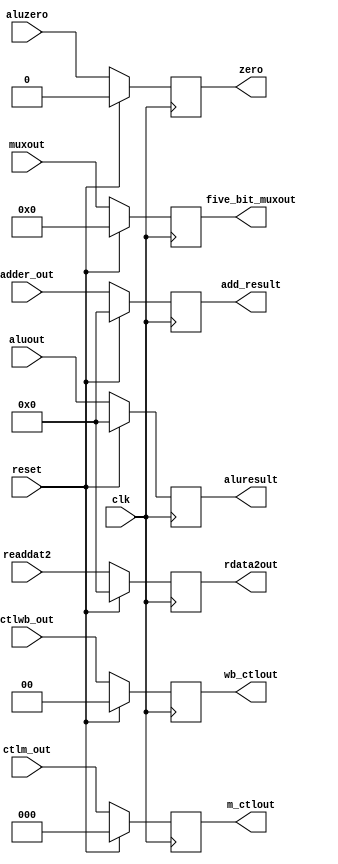
`timescale 1ns / 1ps
//////////////////////////////////////////////////////////////////////////////////
// Company: 
// Engineer: 
// 
// Design Name: 
// Module Name:    execute_to_memory_pipe_register 
// Project Name: 
// Target Devices: 
// Tool versions: 
// Description: 
//
// Dependencies: 
//
// Revision: 
// Revision 0.01 - File Created
// Additional Comments: 
//
//////////////////////////////////////////////////////////////////////////////////
module execute_to_memory_pipe_register(
	input clk, reset,

	input [1:0] ctlwb_out,
	input [2:0] ctlm_out,
	input [31:0] adder_out,
	input aluzero,
	input [31:0] aluout,
	input [31:0] readdat2,
	input [4:0] muxout,
	
	output reg [1:0] wb_ctlout,
	output reg[2:0] m_ctlout,
	output reg [31:0] add_result,
	output reg zero,
	output reg [31:0] aluresult,
	output reg [31:0] rdata2out,
	output reg [4:0] five_bit_muxout
    );

	always@(posedge clk)
	begin
		if(reset == 1)
		begin
			wb_ctlout <= 0;
			m_ctlout <= 0;
			add_result <= 0;
			zero <= 0;
			aluresult <= 0;
			rdata2out <= 0;
			five_bit_muxout <= 0;
		end
		
		else
		begin
			wb_ctlout <= ctlwb_out;
			m_ctlout <= ctlm_out;
			add_result <= adder_out;
			zero <= aluzero;
			aluresult <= aluout;
			rdata2out <= readdat2;
			five_bit_muxout <= muxout;
		end
	end

endmodule